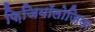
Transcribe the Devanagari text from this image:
फ़िजियॉलोजिया